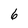
Character: 6